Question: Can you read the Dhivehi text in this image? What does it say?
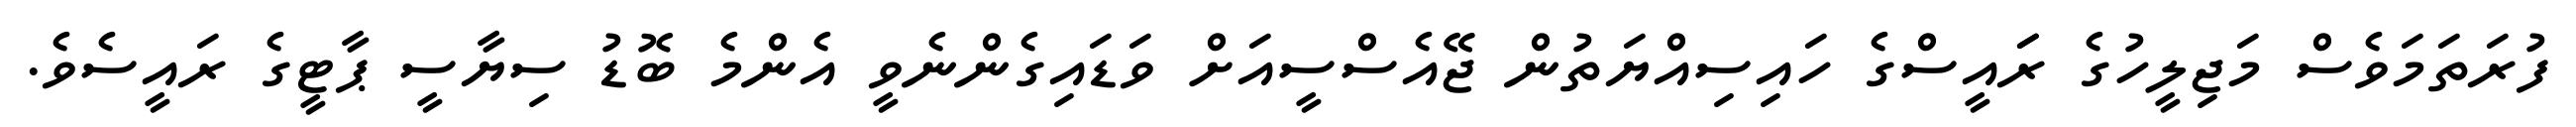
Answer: ފުރަތަމަވެސް މަޖިލީހުގެ ރަައީސްގެ ހައިސިއްޔަތުން ޖޭއެސްސީއަށް ވަޑައިގެންނެވީ އެންމެ ބޮޑު ސިޔާސީ ޕާޓީގެ ރައީސެވެ.